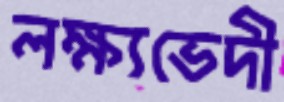
লক্ষ্যভেদী